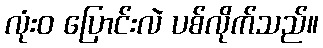
လုံးဝ ပြောင်းလဲ ပစ်လိုက်သည်။